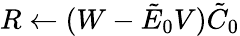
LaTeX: R\leftarrow(W-\tilde{E}_{0}V)\tilde{C}_{0}